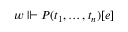
w \Vdash P ( t _ { 1 } , \dots , t _ { n } ) [ e ]